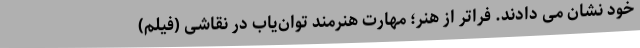
خود نشان می دادند. فراتر از هنر؛ مهارت هنرمند توان‌یاب در نقاشی (فیلم)